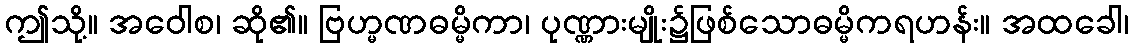
ဤသို့။ အဝေါစ၊ ဆို၏။ ဗြဟ္မဏဓမ္မိကာ၊ ပုဏ္ဏားမျိုး၌ဖြစ်သောဓမ္မိကရဟန်း။ အထခေါ၊